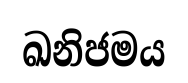
ඛනිජමය